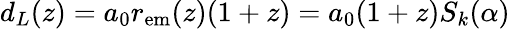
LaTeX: d_{L}(z)=a_{0}r_{\mathrm{em}}(z)(1+z)=a_{0}(1+z)S_{k}(\alpha)